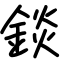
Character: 錟